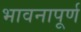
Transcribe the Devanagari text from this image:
भावनापूर्ण